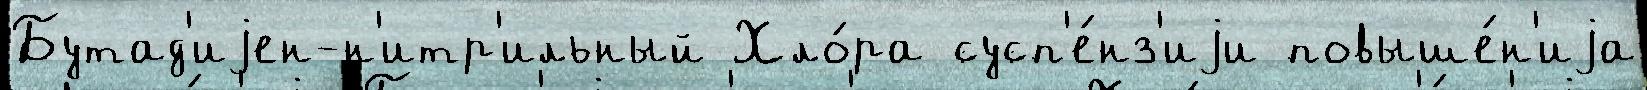
Бутад'иjен-н'итр'ильный Хло́ра сусп'е́нз'иjи повыше́н'иjа